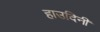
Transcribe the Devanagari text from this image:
हाउदिनी